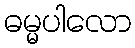
ဓမ္မပါလော